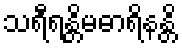
သရီရန္တိမဓာရိနန္တိ